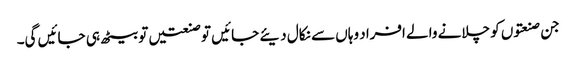
جن صنعتوں کو چلانے والے افراد وہاں سے نکال دیئے جائیں تو صنعتیں تو بیٹھ ہی جائیں گی۔